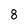
Character: 8